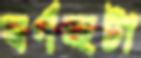
স্বর্ণচ্ছটা